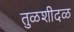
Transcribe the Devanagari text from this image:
तुळशीदळ